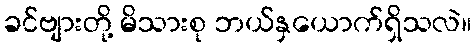
ခင်ဗျားတို့ မိသားစု ဘယ်နှယောက်ရှိသလဲ။